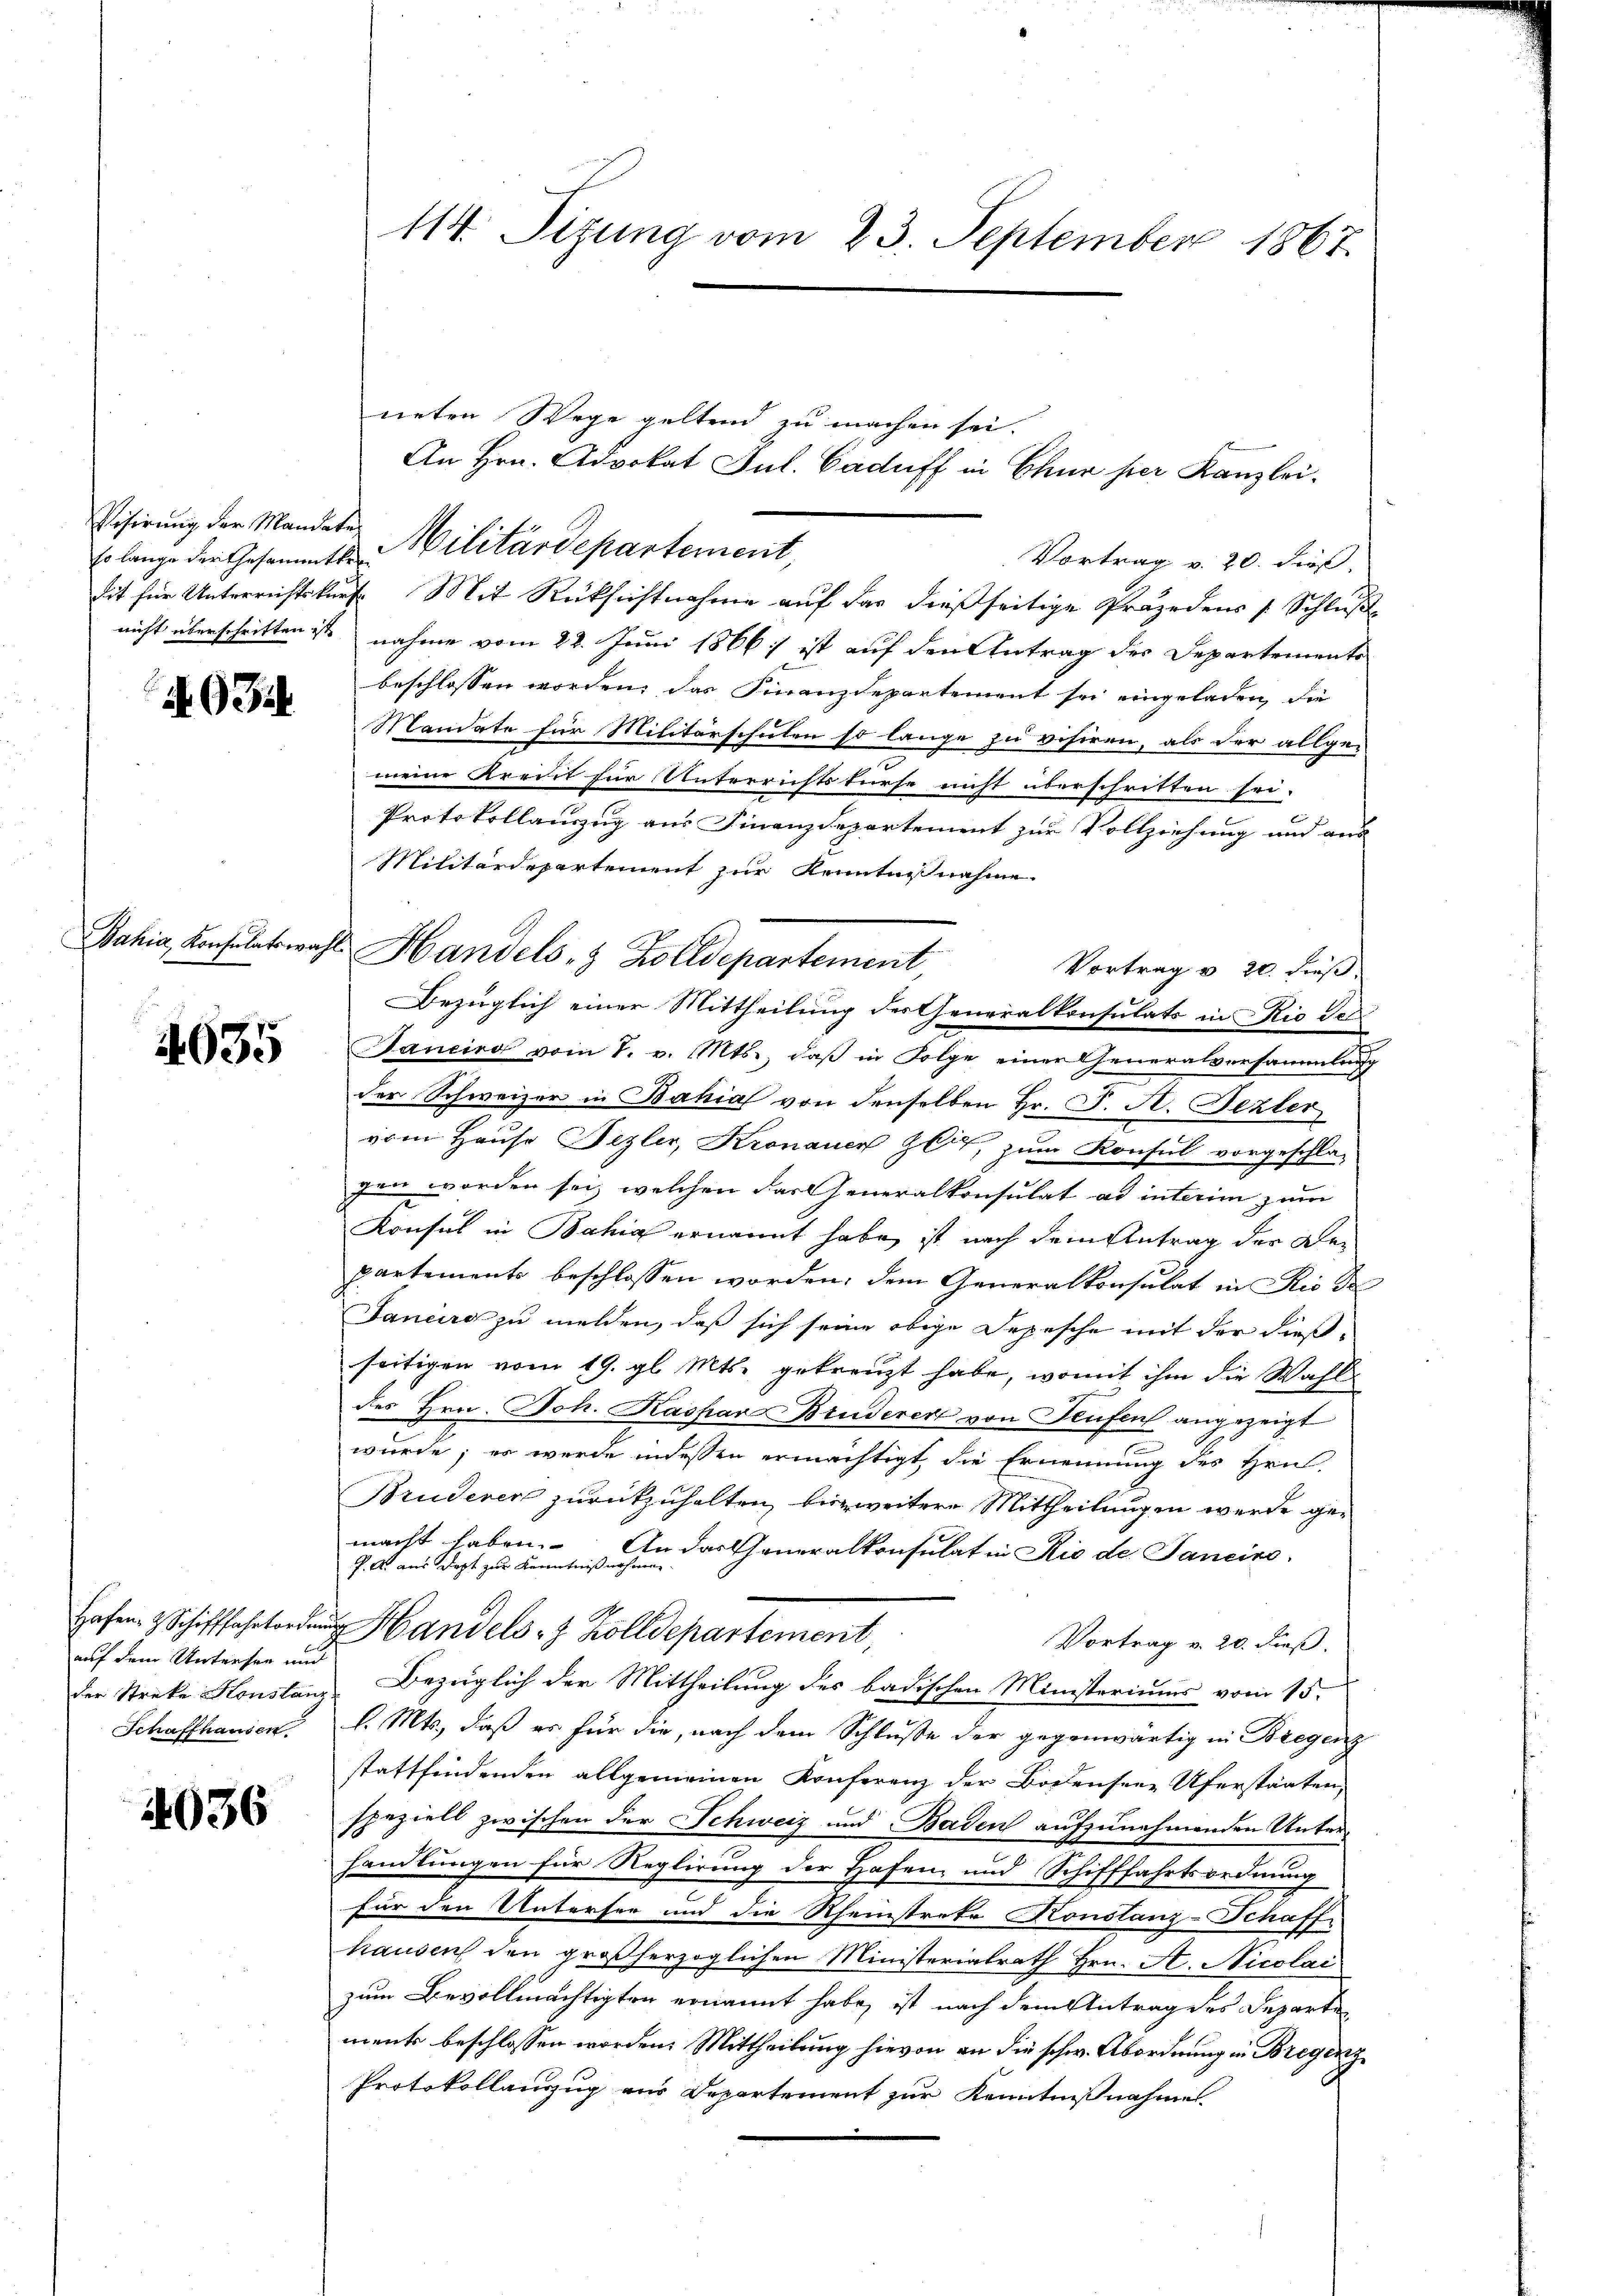
so lange der Gesammtker¬

AG3

4635

auf dem Vertresen und
Schaffhausen.

4036

114. Sizung vom 23. September 1867.

Visirung der Mandaten Militärdepartement,

neten Wege geltend zu machen sei.
sit für Unterrichtskurs. Mit Rücksichtnahme auf das dießseitige Präjedens (Schluß
nicht überschritten ist nahme vom 22. Juni 1866 ist auf den Antrag des Departemente
beschlossen worden, das Finanzdepartement sei eingeladen, die
Mandate für Militärschulen so lange zu visiren, als der allge-
n
meine Kredit für Unterrichtstürfe nicht überschritten sei.
Protokollauszug aus Finanzdepartement zur Vollziehung und aus
Militärdepartement zur Kenntnißnahme
Bahia, Konsulatswahl Handels- & Zolldepartement,
Vortrag v. 20. dieß.
Bezüglich einer Mittheilung der Generalkonsulats in Rio der¬
Baneiro vom 7. v. Mts., daß in Folge einer Generalversammlung
der Schweizer in Bahia von denselben Hr. J. A. Bezter
vom Hause Fezler, Kronauer Zeit, zum Konsul vorgeschla-
gen worden sei, welchen das Generalkonsulat ad interim zum
Konsul in Bahia ernannt habe, ist nach dem Antrag der Bepartements beschlossen worden, dem Generalkonsulat in Rio de
Janeiro zu melden, daß sich seine obige Depesche mit der dießseitigen vom 19. gl. Mts. gekreuzt habe, womit ihm die Wahl
des Hrn. Joh. Kaspar Bruderer von Teufen angezeigt
wurde; es werde indessen ermächtigt, die Ernennung des Hrn.
Brudener zurückzuhalten, biszweitere Mittheilungen werde gemacht haben.
An das Generalkonsulat in Rio de. Janeiro
e
P. A. aus Dept zur Kenntniß nach¬
Hafen & Schifffahrt Handels- & Zolldepartement,
Vortrag v. 20. dieß.
der Streke Honstanz Bezüglich der Mittheilung des badischen Ministeriums vom 15.
l. Mts., daß es für die, nach dem Schluße der gegenwärtig in Bregenz
stattfindenden allgemeinen Konferenz der Bodensere Uferstaaten,
speziell zwischen der Schweiz und Baden aufzunehmenden Unterhandlungen für Reglirung der Hafen- und Schifffahrtsordnung
für den Unterson und die Rheinstreke Konstanz-Schaff
hausen den großherzoglichen Ministerialrath Hrn. A. Nicolai
zum Bevollmächtigten ernannt habe, ist nach dem Antrag des Departe
ments beschlossen worden. Mittheilung hievon an die schw. Abordnung in Bregenz
Protokollanzug aus Departement zur Kenntnißnahme

An Hrn. Advokat Jul. Caduff in Chur per Kanzlei.

Vortrag v. 20. dieß,